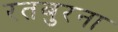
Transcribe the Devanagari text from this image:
रतबुरना